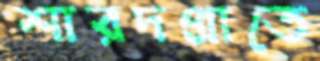
শারদপ্রাতে